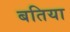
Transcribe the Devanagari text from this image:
बतिया